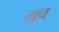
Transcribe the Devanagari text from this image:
भ्रुव